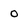
Character: 0